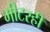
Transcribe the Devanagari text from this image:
मीटरही